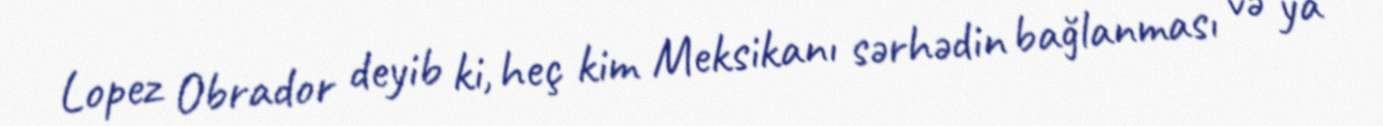
Lopez Obrador deyib ki, heç kim Meksikanı sərhədin bağlanması və ya